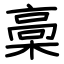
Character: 槀